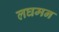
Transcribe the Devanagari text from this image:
लघमन